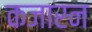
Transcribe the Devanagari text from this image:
कजारन